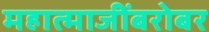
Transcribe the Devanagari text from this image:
महात्माजींबरोबर